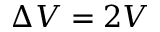
\Delta V = 2 V